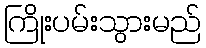
ကြိုးပမ်းသွားမည်